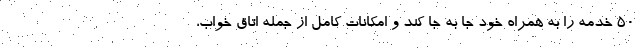
50 خدمه را به همراه خود جا به جا کند و امکانات کامل از جمله اتاق خواب،